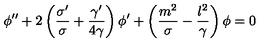
\phi ^ { \prime \prime } + 2 \left( { \frac { \sigma ^ { \prime } } { \sigma } } + { \frac { \gamma ^ { \prime } } { 4 \gamma } } \right) \phi ^ { \prime } + \left( { \frac { m ^ { 2 } } { \sigma } } - { \frac { l ^ { 2 } } { \gamma } } \right) \phi = 0